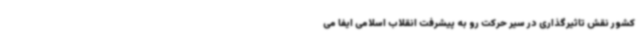
کشور نقش تاثیرگذاری در سیر حرکت رو به پیشرفت انقلاب اسلامی ایفا می